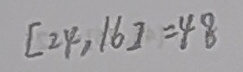
[ 2 4 , 1 6 ] = 4 8